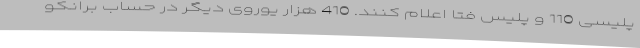
پلیسی 110 و پلیس فتا اعلام کنند. 410 هزار یوروی دیگر در حساب برانکو